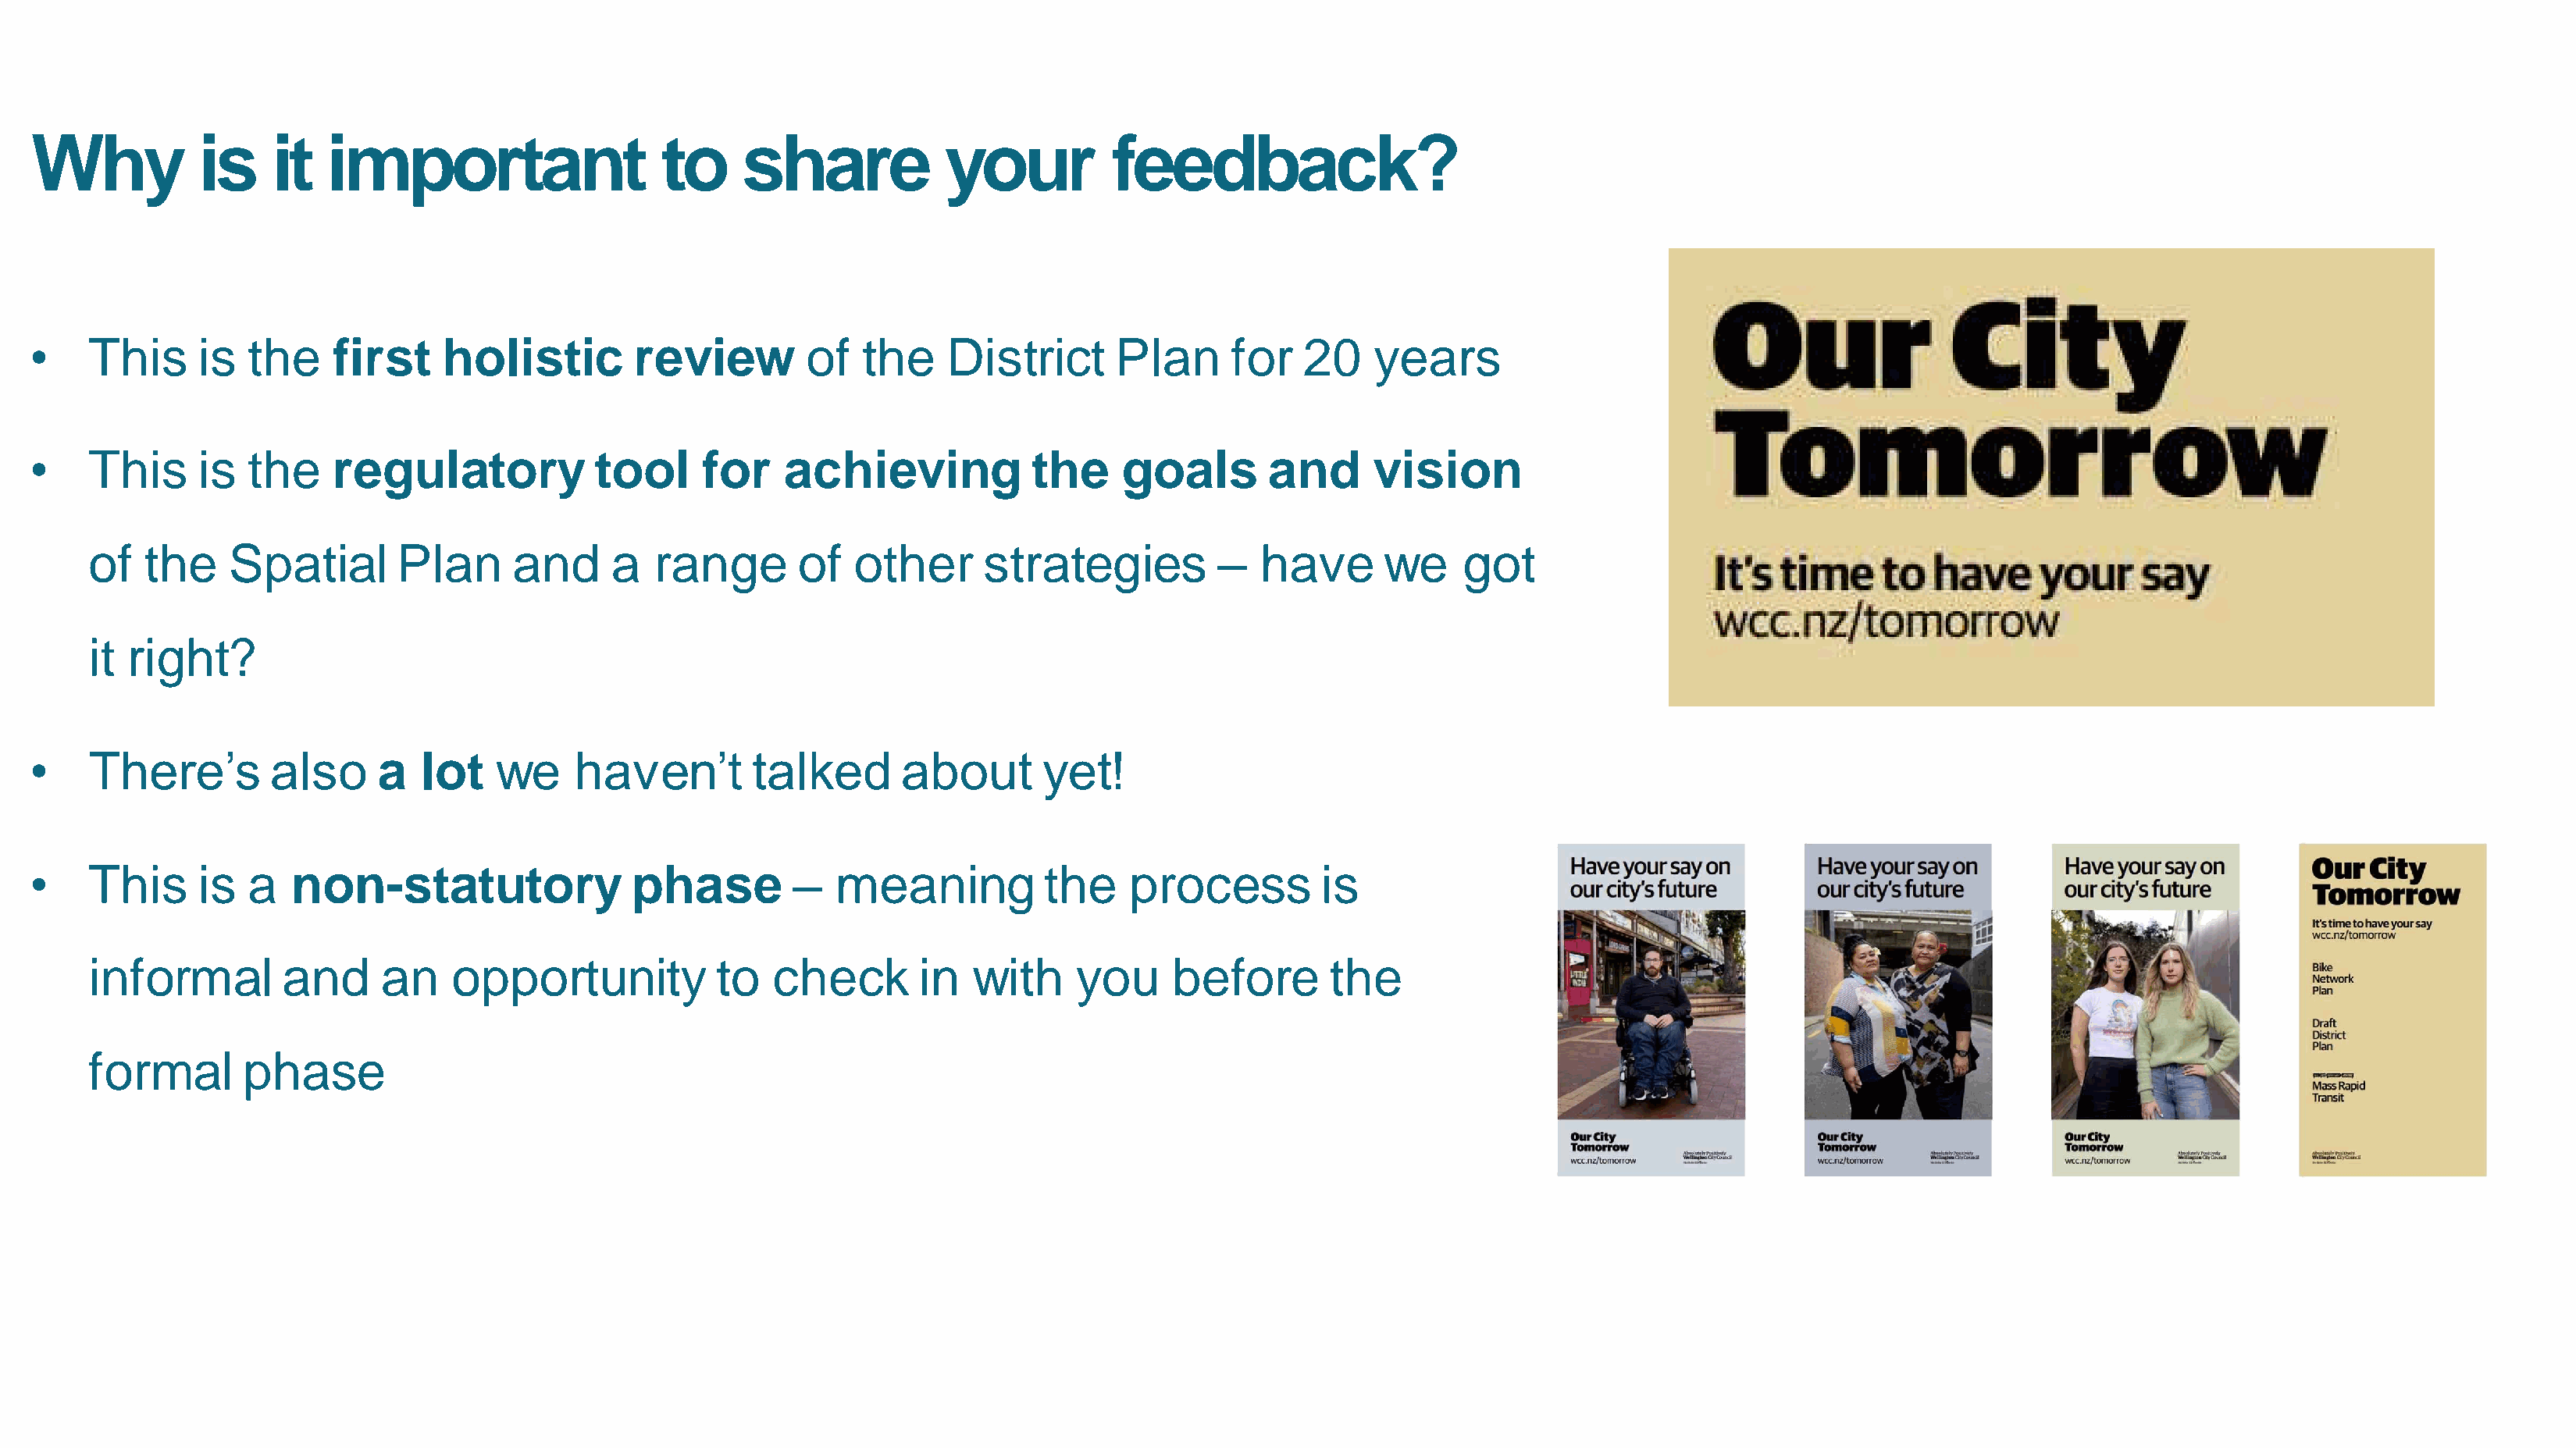
Why           is    it   important                   to     share            your          feedback?
 •   This      is  the    first    holistic         review        of   the    District       Plan     for   20    years
 •   This      is  the    regulatory            tool      for   achieving            the     goals       and      vision
 of   the    Spatial        Plan     and      a  range        of  other      strategies          –   have      we     got
 it  right?
 •   There’s         also     a   lot   we     haven’t        talked      about       yet!
 •   This      is  a   non-statutory                phase        –   meaning           the    process         is
 informal         and     an    opportunity            to  check        in  with     you     before        the
 formal        phase